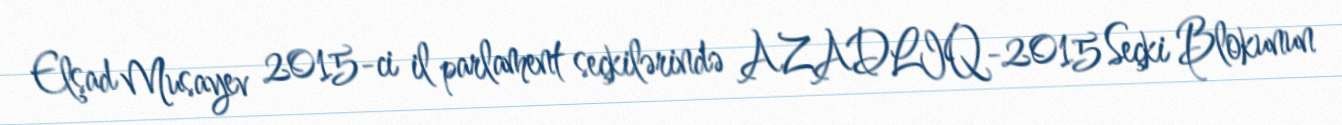
Elşad Musayev 2015-ci il parlament seçkilərində AZADLIQ-2015 Seçki Blokunun